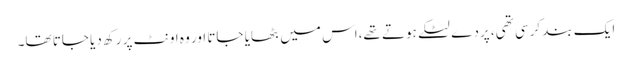
ایک بند کرسی تھی، پردے لٹکے ہوتے تھے،اس میں بٹھایا جاتا اور وہ اونٹ پر رکھ دیا جاتا تھا۔